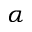
\alpha